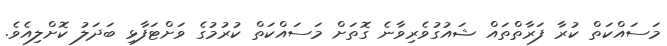
މަސައްކަތް ކުރާ ފަރާތްތައް ޝައުގުވެރިވާނެ ގޮތަށް މަސައްކަތް ކުރުމުގެ ވަށްޓަފާޅި ބަދަލު ކޮށްލިއެވެ.